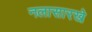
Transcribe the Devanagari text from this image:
नलासारखे